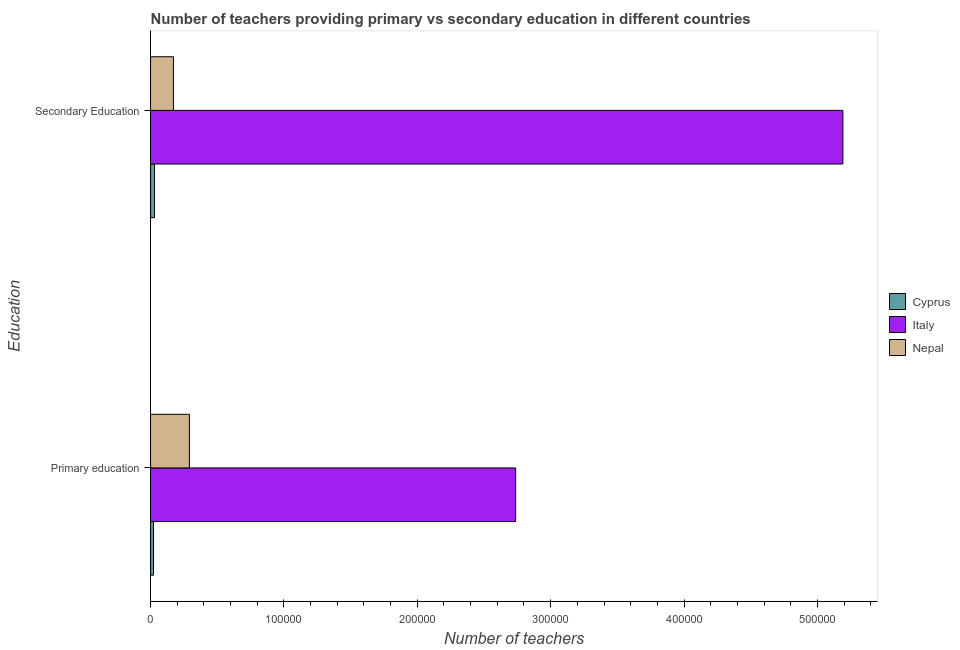
| Education | Cyprus | Italy | Nepal |
 | --- | --- | --- | --- |
 | Primary education | 2.19e+03 | 2.74e+05 | 2.91e+04 |
 | Secondary Education | 2.95e+03 | 5.19e+05 | 1.72e+04 |